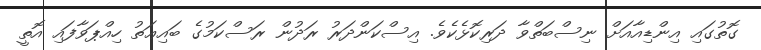
ގޮތުގައި އިންޑިއާއަށް ނިސްބަތްވާ ދަރިކޮޅެކެވެ. އިސްކަންދަރު ރަދުން ރަސްކަމުގެ ބައިޢަތު ހިއްޕަވާފައި އޮތީ